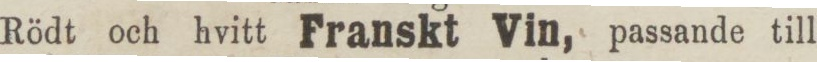
Rödt och hvitt Franskt Vin, passande till